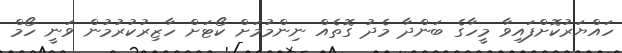
ހައްޔަރުކޮށްފައިވާ މީހާގެ ބަންދާ މެދު ގޮތެއް ނިންމުމަށް ކޯޓަށް ހާޒިރުކުރުމުން ވަނީ ހޯމް